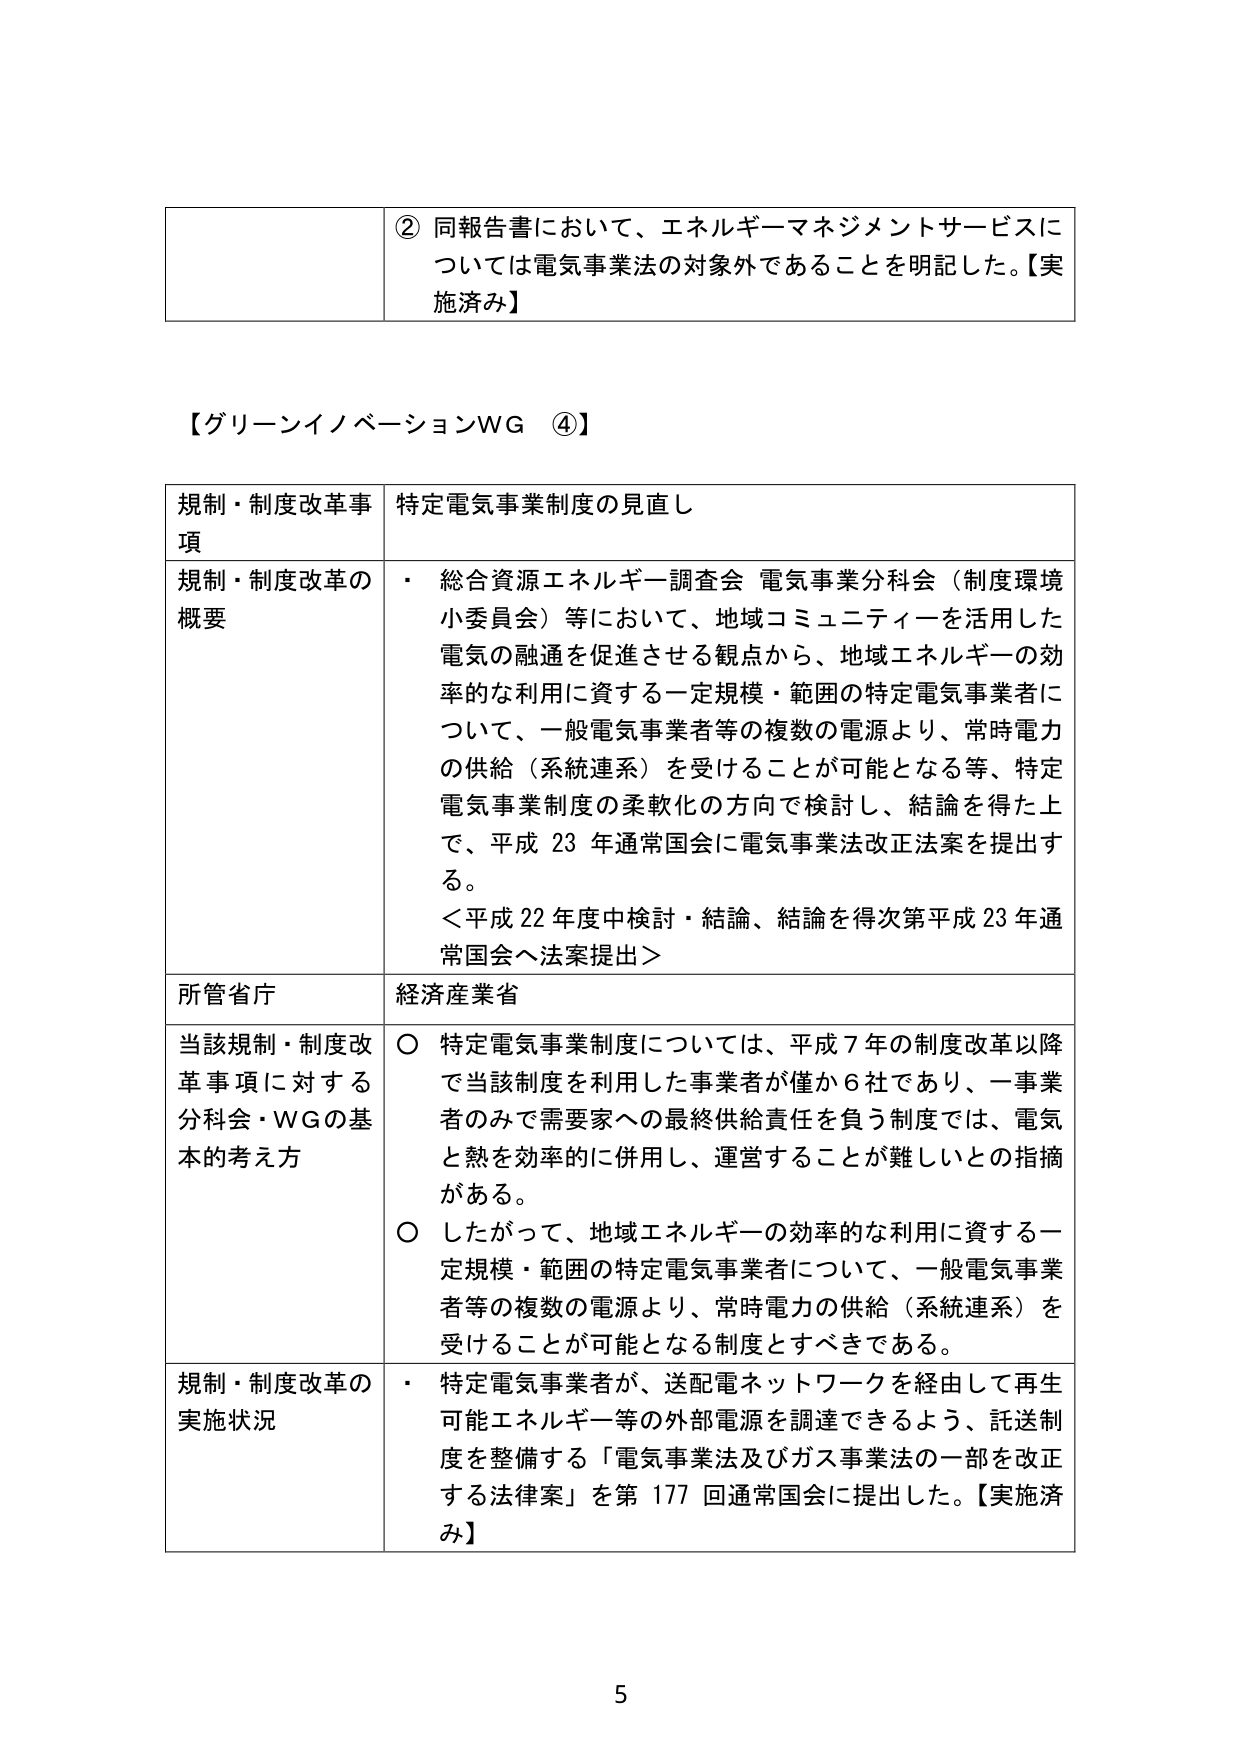
② 同報告書において、エネルギーマネジメントサービスについては電気事業法の対象外であることを明記した。【実施済み】

【グリーンイノベーションWG ④】

規制・制度改革事項 特定電気事業制度の見直し

規制・制度改革の概要
・ 総合資源エネルギー調査会 電気事業分科会（制度環境小委員会）等において、地域コミュニティを活用した電気の融通を促進させる観点から、地域エネルギーの効率的な利用に資する一定規模・範囲の特定電気事業者について、一般電気事業者等の複数の電源より、常時電力の供給（系統連系）を受けることが可能となる等、特定電気事業制度の柔軟化の方向で検討し、結論を得た上で、平成23年通常国会に電気事業法改正法案を提出する。
＜平成22年度中検討・結論、結論を得次第平成23年通常国会へ法案提出＞

所管省庁 経済産業省

当該規制・制度改革事項に対する分科会・WGの基本的考え方
○ 特定電気事業制度については、平成7年の制度改革以降で当該制度を利用した事業者が僅か6社であり、一事業者のみで需要家への最終供給責任を負う制度では、電気と熱を効率的に併用し、運営することが難しいとの指摘がある。
○ したがって、地域エネルギーの効率的な利用に資する一定規模・範囲の特定電気事業者について、一般電気事業者等の複数の電源より、常時電力の供給（系統連系）を受けることが可能となる制度とすべきである。

規制・制度改革の実施状況
・ 特定電気事業者が、送配電ネットワークを経由して再生可能エネルギー等の外部電源を調達できるよう、託送制度を整備する「電気事業法及びガス事業法の一部を改正する法律案」を第177回通常国会に提出した。【実施済み】

5